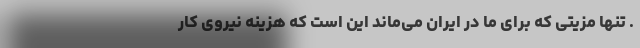
. تنها مزیتی که برای ما در ایران می‌ماند این است که هزینه نیروی کار